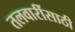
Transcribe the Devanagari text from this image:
तलवारींसाठी